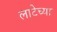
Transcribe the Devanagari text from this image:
लाटेच्या